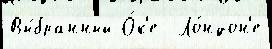
Вы́бранный О́к'е  Ло́ндон'е